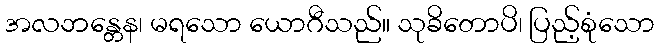
အလဘန္တေန၊ မရသော ယောဂီသည်။ သုခိတောပိ၊ ပြည့်စုံသော